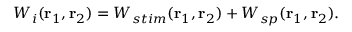
W _ { i } ( \ensuremath { \mathbf { r } } _ { 1 } , \ensuremath { \mathbf { r } } _ { 2 } ) = W _ { s t i m } ( \ensuremath { \mathbf { r } } _ { 1 } , \ensuremath { \mathbf { r } } _ { 2 } ) + W _ { s p } ( \ensuremath { \mathbf { r } } _ { 1 } , \ensuremath { \mathbf { r } } _ { 2 } ) .